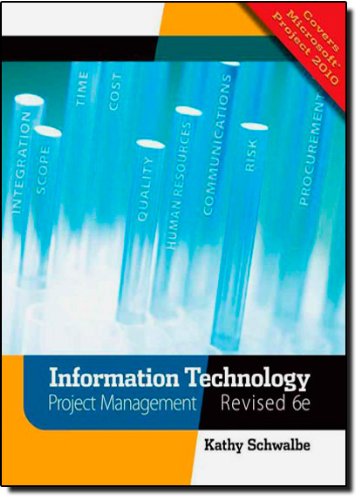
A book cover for Information Technology Project Management, Revised (with Premium Online Content Printed Access Card); Kathy Schwalbe; Computers & Technology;